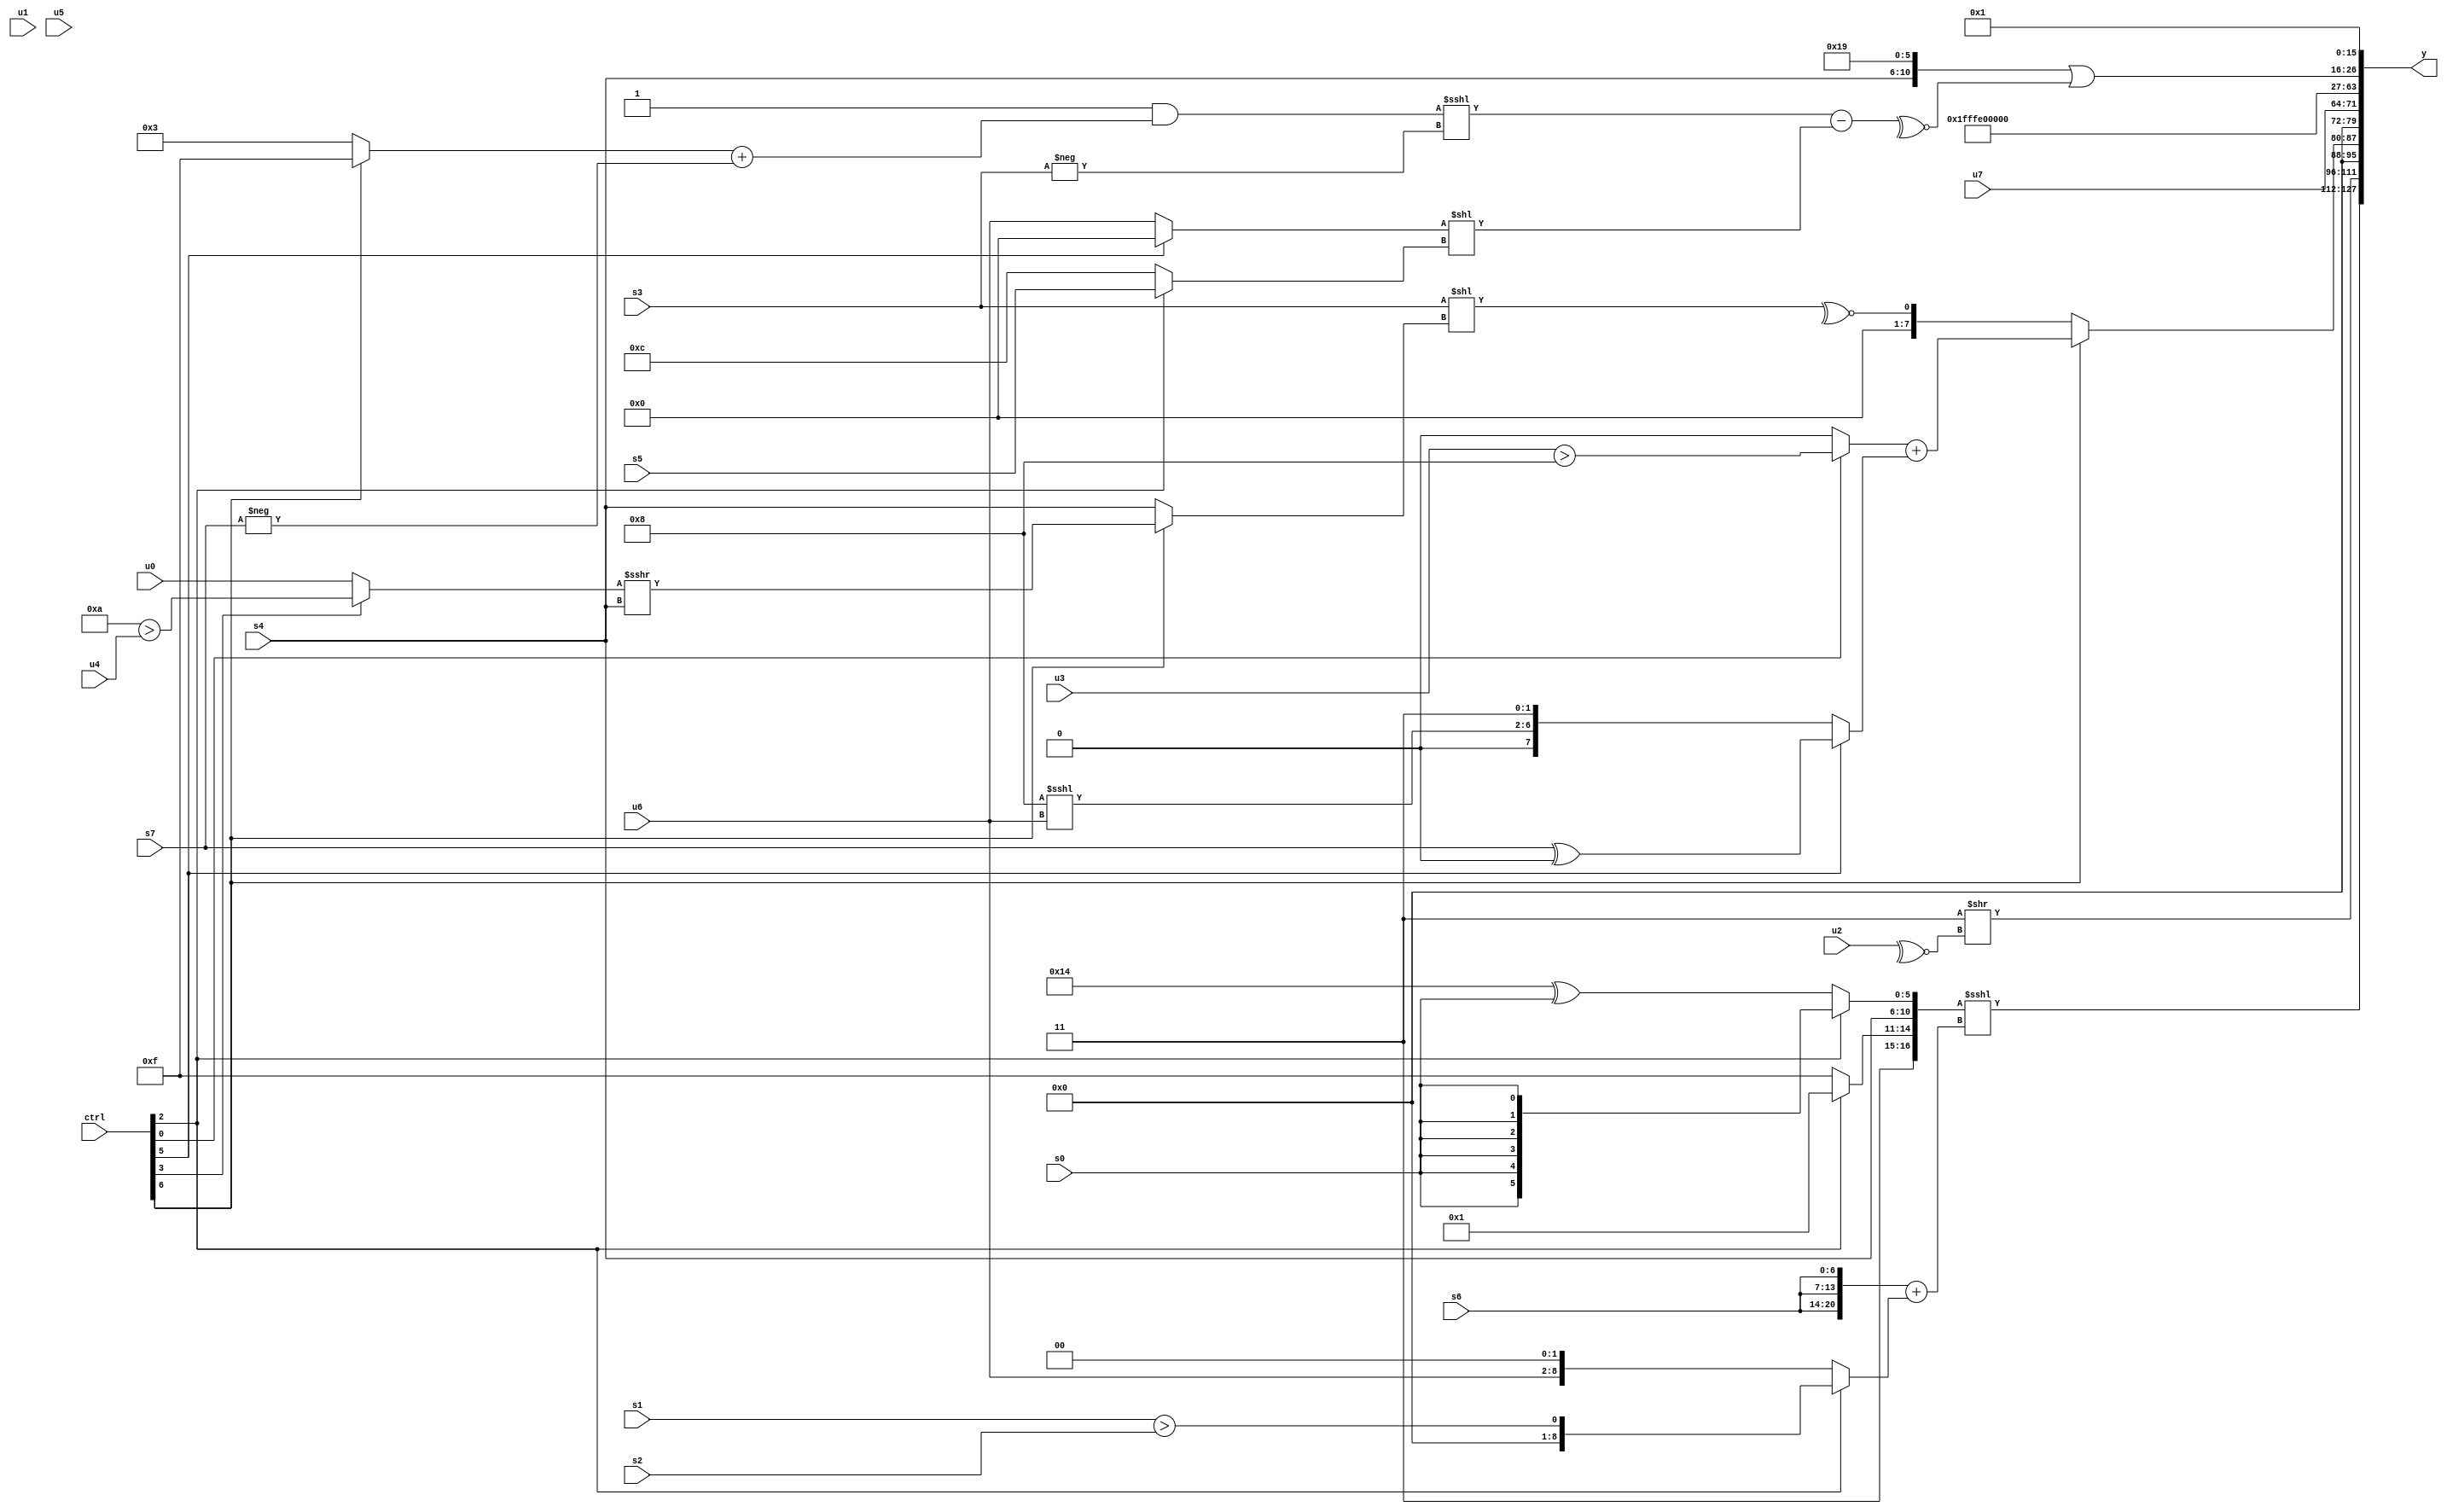
module wideexpr_00587(ctrl, u0, u1, u2, u3, u4, u5, u6, u7, s0, s1, s2, s3, s4, s5, s6, s7, y);
  input [7:0] ctrl;
  input [0:0] u0;
  input [1:0] u1;
  input [2:0] u2;
  input [3:0] u3;
  input [4:0] u4;
  input [5:0] u5;
  input [6:0] u6;
  input [7:0] u7;
  input signed [0:0] s0;
  input signed [1:0] s1;
  input signed [2:0] s2;
  input signed [3:0] s3;
  input signed [4:0] s4;
  input signed [5:0] s5;
  input signed [6:0] s6;
  input signed [7:0] s7;
  output [127:0] y;
  wire [15:0] y0;
  wire [15:0] y1;
  wire [15:0] y2;
  wire [15:0] y3;
  wire [15:0] y4;
  wire [15:0] y5;
  wire [15:0] y6;
  wire [15:0] y7;
  assign y = {y0,y1,y2,y3,y4,y5,y6,y7};
  assign y0 = {((ctrl[7]?$signed((u0)==(&(5'sb11011))):((u5)>(u0))&(4'sb0100)))<<<({$signed(((s5)!=(3'sb101))==(s0)),$signed(((2'b01)^~(3'sb100))<<((6'sb101100)-(s2))),(({5'sb10000,4'b0011,1'sb1})!=((2'b00)|(u4)))<<({3{(1'sb0)==(6'sb110010)}}),(ctrl[7]?((s1)>>>(5'b01001))>>((ctrl[2]?6'sb010001:s6)):(+(4'sb1000))-((3'sb111)-(s1)))}),3'sb011,{({(ctrl[2]?$signed(6'sb110001):$signed(1'sb1)),s4,(ctrl[2]?$signed(s0):(6'sb010100)^(s0))})<<<(({3{s6}})+((ctrl[2]?(s1)>(s2):(u6)<<(6'b000010))))}};
  assign y1 = (6'b000011)>>(~^(u2));
  assign y2 = (ctrl[6]?(ctrl[6]?$unsigned(((ctrl[0]?$unsigned($signed((u3)>(5'sb01000))):{2{&((1'b1)==(6'sb000110))}}))+($unsigned((ctrl[5]?$unsigned((s7)^(1'sb0)):{(5'b01000)<<<(u6),-(2'sb01)})))):$signed(($signed(((ctrl[3]?~(s1):{1{s5}}))>((6'sb110101)==((ctrl[3]?s1:s4)))))>>(+((((s5)^(s2))|((s2)&(s6)))&(((ctrl[0]?4'sb1110:6'sb010101))^(s4)))))):{~^((s3)<<((ctrl[6]?((ctrl[3]?(4'b1010)>(u4):u0))>>>($unsigned(s4)):s4)))});
  assign y3 = u7;
  assign y4 = $signed($signed(1'sb1));
  assign y5 = {1{+($signed(($signed(2'sb11))<<(6'b111100)))}};
  assign y6 = ({$signed(1'sb0),s4,$signed(6'sb011001)})|(~^(((($signed({3{1'b1}}))&(((ctrl[6]?4'sb1111:3'sb011))+(-(s7))))<<<($signed(-($signed(s3)))))-(($signed(+((ctrl[5]?3'b000:u6))))<<((ctrl[2]?$signed($signed(s5)):+((5'sb00110)<<<(5'sb00001)))))));
  assign y7 = 3'sb001;
endmodule